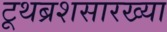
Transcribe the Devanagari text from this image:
टूथब्रशसारख्या